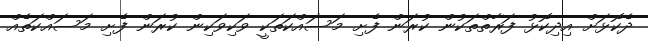
ދެކޮޅަށް އިދިކޮޅު ފަރާތްތަކުން ކުރަން ފެށި މަސައްކަތަކީ ވަކިވަކިން ކުރަން ފެށި މަސައްކަތެއް